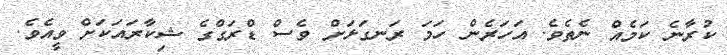
ކުރާނެ ކަމެއް ނެތެވެ. އަހަރެން ހަމަ ރަނގަޅަށް ވެސް ޑްރަގްގެ ޝިކާރައަކަށް ވީއެވެ.